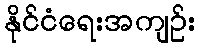
နိုင်ငံရေးအကျဉ်း